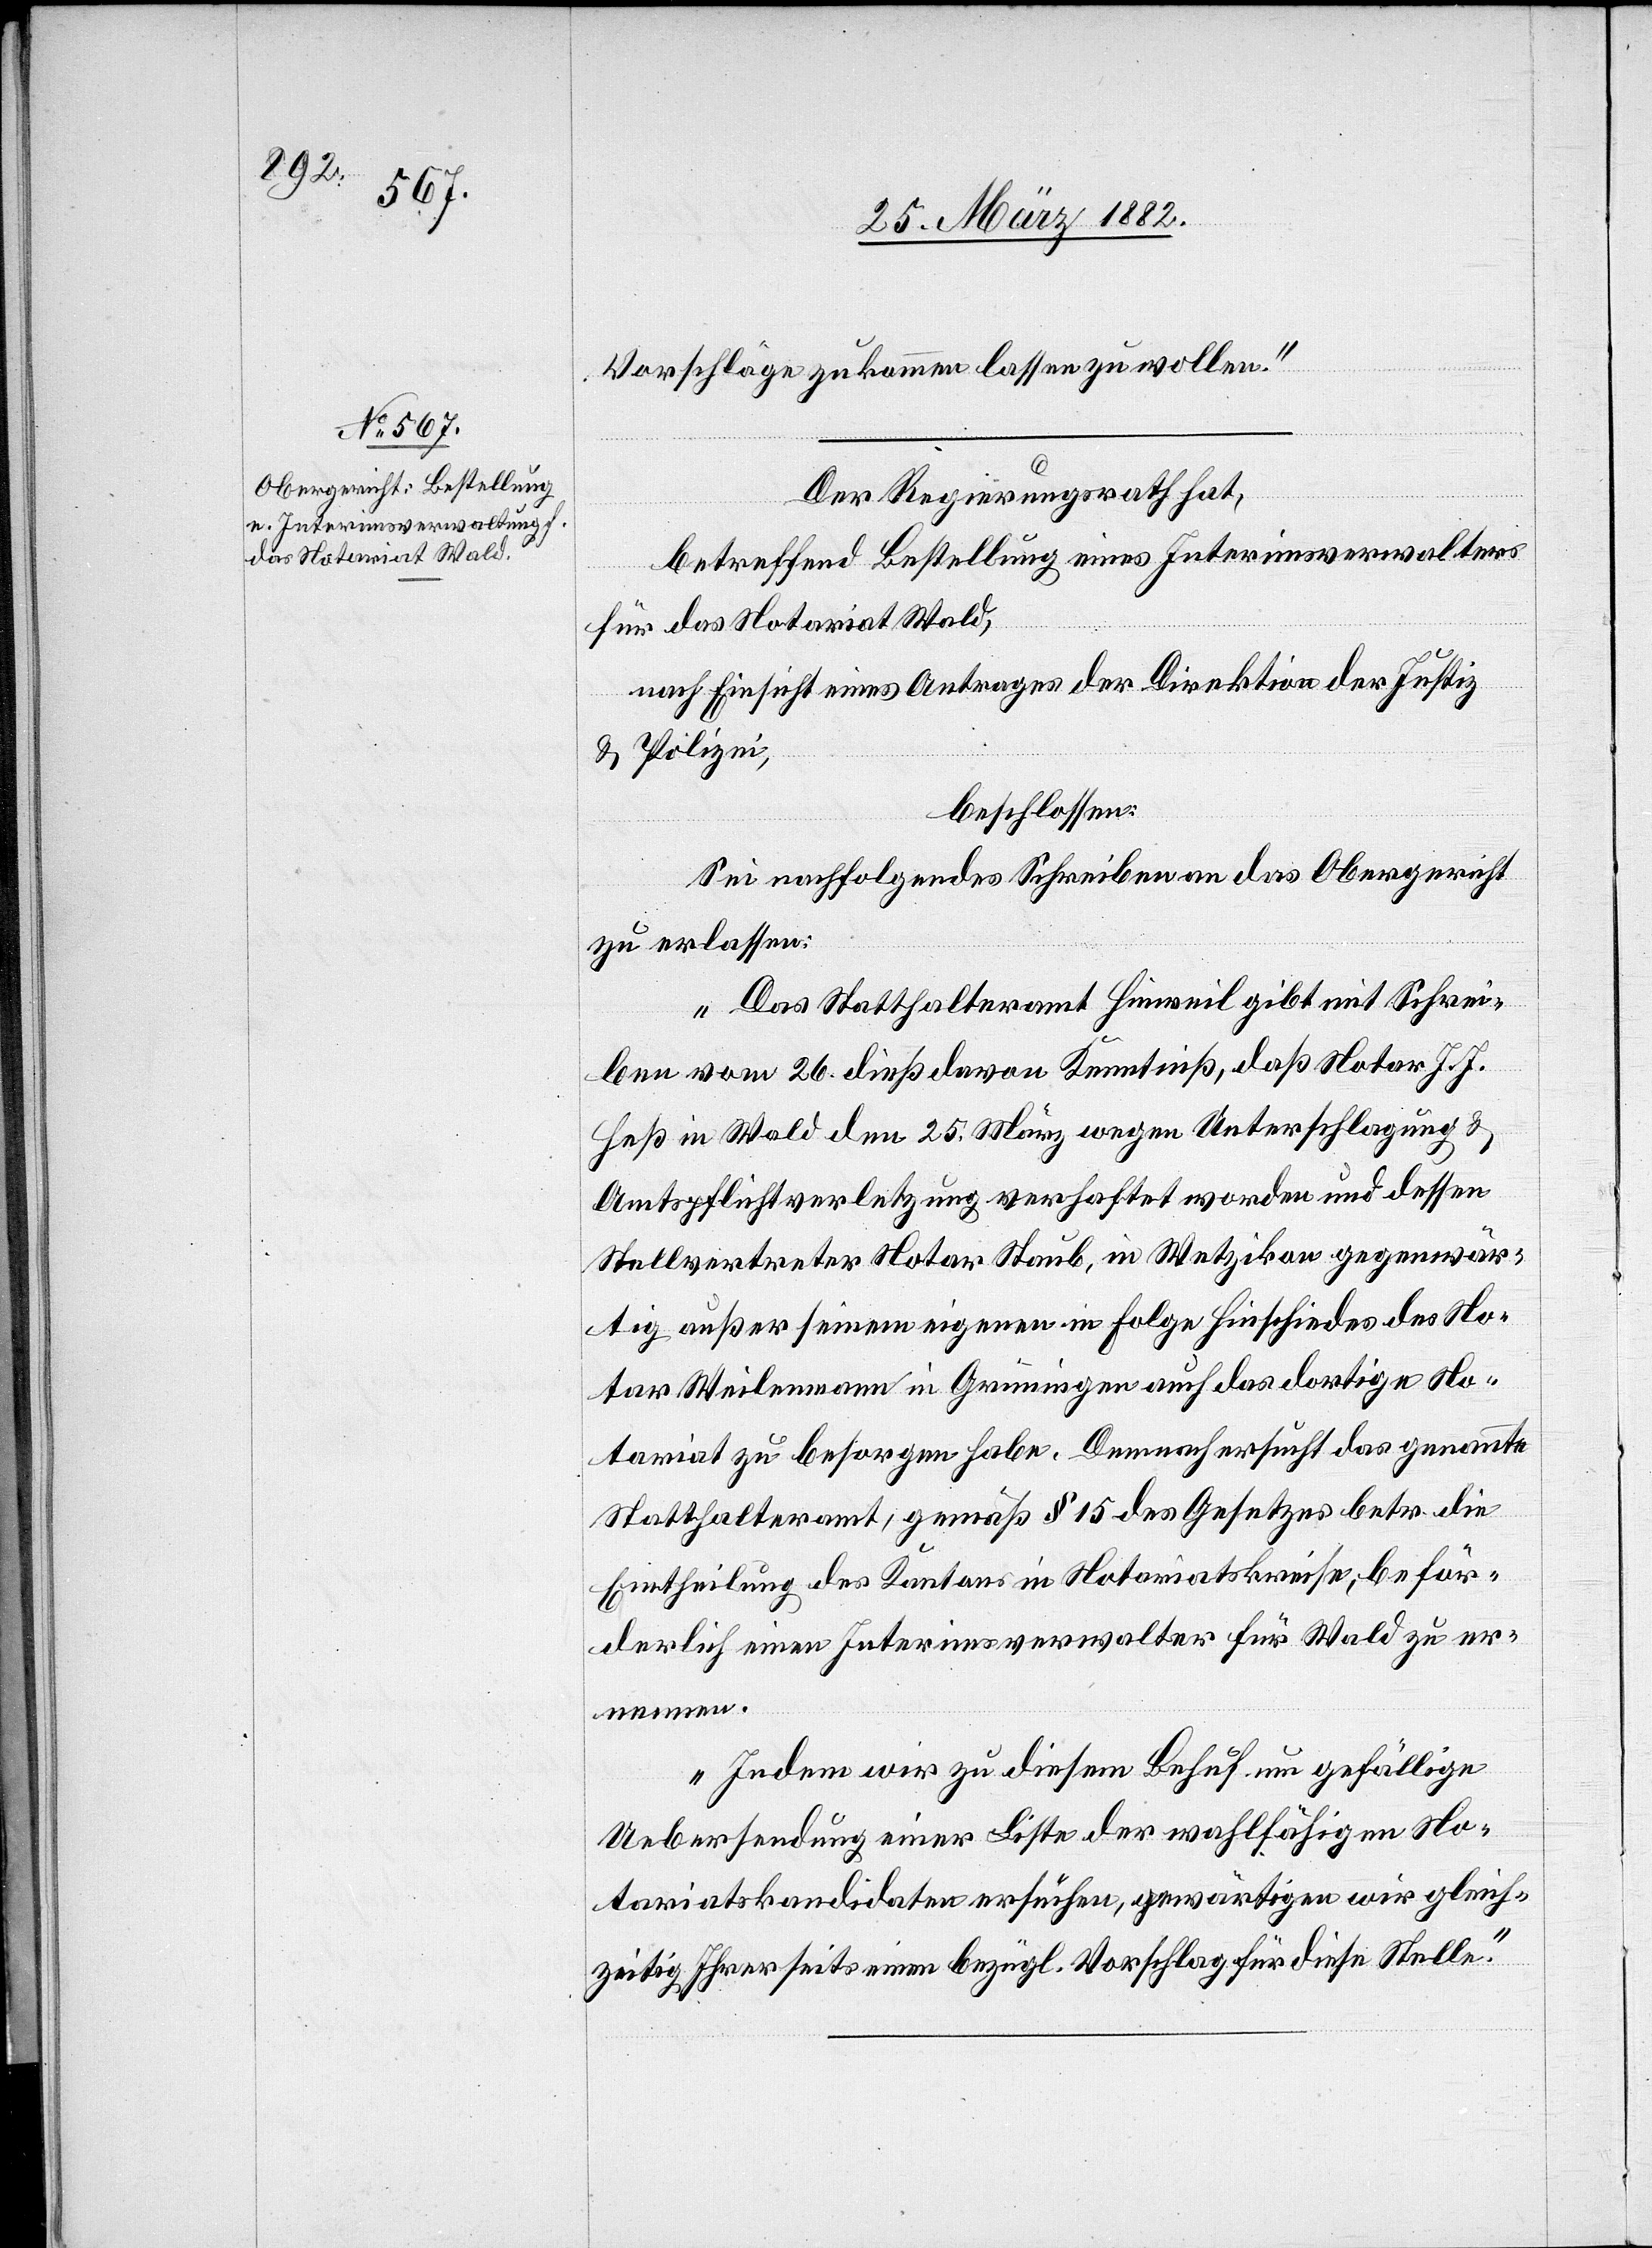
28. März 1882.]
Vorschläge zukommen lassen zu wollen.“
Der Regierungsrath hat,
betreffend Bestellung eines Interimsverwalters
für das Notariat Wald,
nach Einsicht eines Antrages der Direktion der Justiz
und Polizei,
beschlossen:
Sei folgendes Schreiben an das Obergericht
zu erlassen:
„Das Statthalteramt Hinweil gibt mit Schrei¬
ben vom 26. dieß davon Kenntniß, daß Notar J. J.
Heß in Wald den 25. März wegen Unterschlagung &
Amtspflichtverletzung verhaftet worden und dessen
Stellvertreter Notar Staub, in Wetzikon gegenwär¬
tig außer seinen eigenen in Folge Hinschiedes des No¬
tar Weilenmann in Grüningen auch das dortige No¬
tariat zu besorgen habe. Demnach ersucht das genannte
Statthalteramt, gemäß § 15 des Gesetzes betr. die
Eintheilung des Kantons in Notariatskreise, beför¬
derlich einen Interimsverwalter für Wald zu er¬
zeitig einen
Indem wir zu diesem Behuf um gefällige
Uebersendung einer Liste der wahlfähigen No¬
tariatskandidaten ersuchen, gewärtigen wir gleich¬